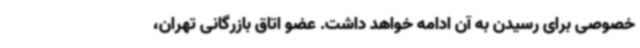
خصوصی برای رسیدن به آن ادامه خواهد داشت. عضو اتاق بازرگانی تهران،